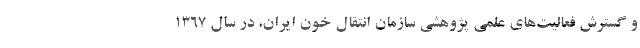
و گسترش فعالیت‌های علمی پژوهشی سازمان انتقال خون ایران، در سال ۱۳۶۷